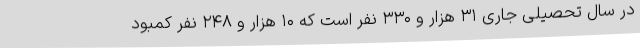
در سال تحصیلی جاری ۳۱ هزار و ۳۳۰ نفر است که ۱۰ هزار و ۲۴۸ نفر کمبود